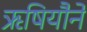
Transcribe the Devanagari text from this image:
ऋषियौने